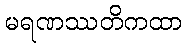
မရဏဿတိကထာ